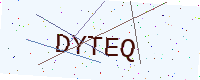
Text: DYTEQ